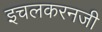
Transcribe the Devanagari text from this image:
इचलकरनजी